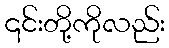
၎င်းတို့ကိုလည်း